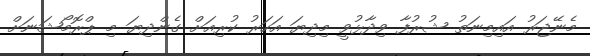
މެނޭޖަރު އައިމިނަތު ޝުރުފާ ވިދާޅުވީ މިދިޔަ އަހަރު ކުރިއަށް ގެންދިޔަ މި ޕްރޮމޯޝަނަށް